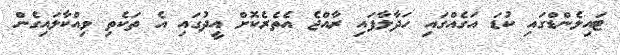
ޓައިލެންޑްގައި ކުޑަ އަގެއްގައި ހަދާލާފައި ރާއްޖެ އެތެރެކޮށް އީދުގައި އެ ތަކެތި ވިއްކާލައިގެން